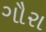
ગૌરા